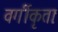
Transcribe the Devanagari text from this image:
वर्गीकृताः